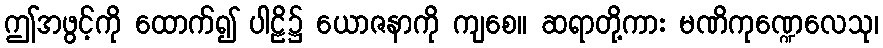
ဤအဖွင့်ကို ထောက်၍ ပါဠိ၌ ယောဇနာကို ကျစေ။ ဆရာတို့ကား မဏိကုဏ္ဍေလေသု၊